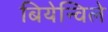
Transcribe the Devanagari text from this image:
बियेन्विले